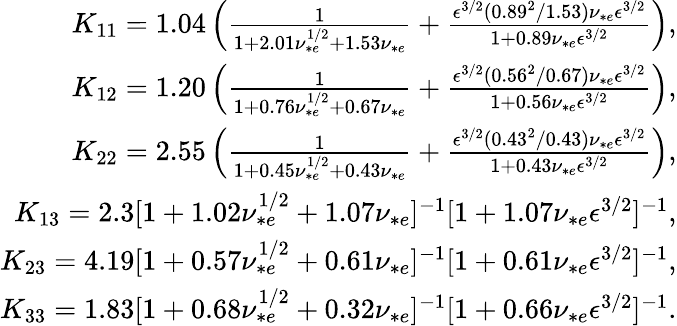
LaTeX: \begin{array}{r}{K_{11}=1.04\left(\frac{1}{1+2.01\nu_{*e}^{1/2}+1.53\nu_{*e}}+\frac{\epsilon^{3/2}(0.89^{2}/1.53)\nu_{*e}\epsilon^{3/2}}{1+0.89\nu_{*e}\epsilon^{3/2}}\right),}\\ {K_{12}=1.20\left(\frac{1}{1+0.76\nu_{*e}^{1/2}+0.67\nu_{*e}}+\frac{\epsilon^{3/2}(0.56^{2}/0.67)\nu_{*e}\epsilon^{3/2}}{1+0.56\nu_{*e}\epsilon^{3/2}}\right),}\\ {K_{22}=2.55\left(\frac{1}{1+0.45\nu_{*e}^{1/2}+0.43\nu_{*e}}+\frac{\epsilon^{3/2}(0.43^{2}/0.43)\nu_{*e}\epsilon^{3/2}}{1+0.43\nu_{*e}\epsilon^{3/2}}\right),}\\ {K_{13}=2.3[1+1.02\nu_{*e}^{1/2}+1.07\nu_{*e}]^{-1}[1+1.07\nu_{*e}\epsilon^{3/2}]^{-1},}\\ {K_{23}=4.19[1+0.57\nu_{*e}^{1/2}+0.61\nu_{*e}]^{-1}[1+0.61\nu_{*e}\epsilon^{3/2}]^{-1},}\\ {K_{33}=1.83[1+0.68\nu_{*e}^{1/2}+0.32\nu_{*e}]^{-1}[1+0.66\nu_{*e}\epsilon^{3/2}]^{-1}.}\end{array}